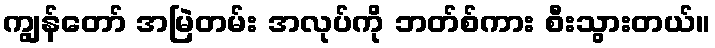
ကျွန်တော် အမြဲတမ်း အလုပ်ကို ဘတ်စ်ကား စီးသွားတယ်။